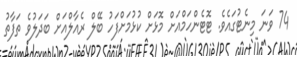
74 ވަނަ މިނެޓުގައެވެ. ޓޮޓެންހަމްއަށް މޮޅަށް ކުޅުމަށްފަހު ބޭލް ރެއާލްއަށް ބަދަލުވެ ތަފާތު